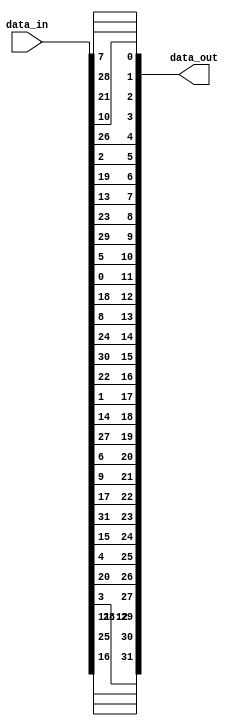
`timescale 1ns / 1ps
//////////////////////////////////////////////////////////////////////////////////
// Company: 
// Engineer: 
// 
// Design Name: 
// Module Name:    PBox 
// Project Name: 
// Target Devices: 
// Tool versions: 
// Description: 
//
// Dependencies: 
//
// Revision: 
// Revision 0.01 - File Created
// Additional Comments: 
//
//////////////////////////////////////////////////////////////////////////////////
module PBox(
    input [1:32] data_in,
    output [1:32] data_out
    );

	assign data_out[1] = data_in[16];
	assign data_out[2] = data_in[7];
	assign data_out[3] = data_in[20];
	assign data_out[4] = data_in[21];
	assign data_out[5] = data_in[29];
	assign data_out[6] = data_in[12];
	assign data_out[7] = data_in[28];
	assign data_out[8] = data_in[17];
	
	assign data_out[9] = data_in[1];
	assign data_out[10] = data_in[15];
	assign data_out[11] = data_in[23];
	assign data_out[12] = data_in[26];
	assign data_out[13] = data_in[5];
	assign data_out[14] = data_in[18];
	assign data_out[15] = data_in[31];
	assign data_out[16] = data_in[10];
	
	assign data_out[17] = data_in[2];
	assign data_out[18] = data_in[8];
	assign data_out[19] = data_in[24];
	assign data_out[20] = data_in[14];
	assign data_out[21] = data_in[32];
	assign data_out[22] = data_in[27];
	assign data_out[23] = data_in[3];
	assign data_out[24] = data_in[9];
	
	assign data_out[25] = data_in[19];
	assign data_out[26] = data_in[13];
	assign data_out[27] = data_in[30];
	assign data_out[28] = data_in[6];
	assign data_out[29] = data_in[22];
	assign data_out[30] = data_in[11];
	assign data_out[31] = data_in[4];
	assign data_out[32] = data_in[25];

endmodule